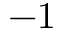
- 1